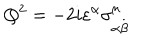
Q ^ { 2 } = - 2 i \varepsilon ^ { \alpha } \sigma _ { \alpha \stackrel { . } { \beta } } ^ { \mu } \,